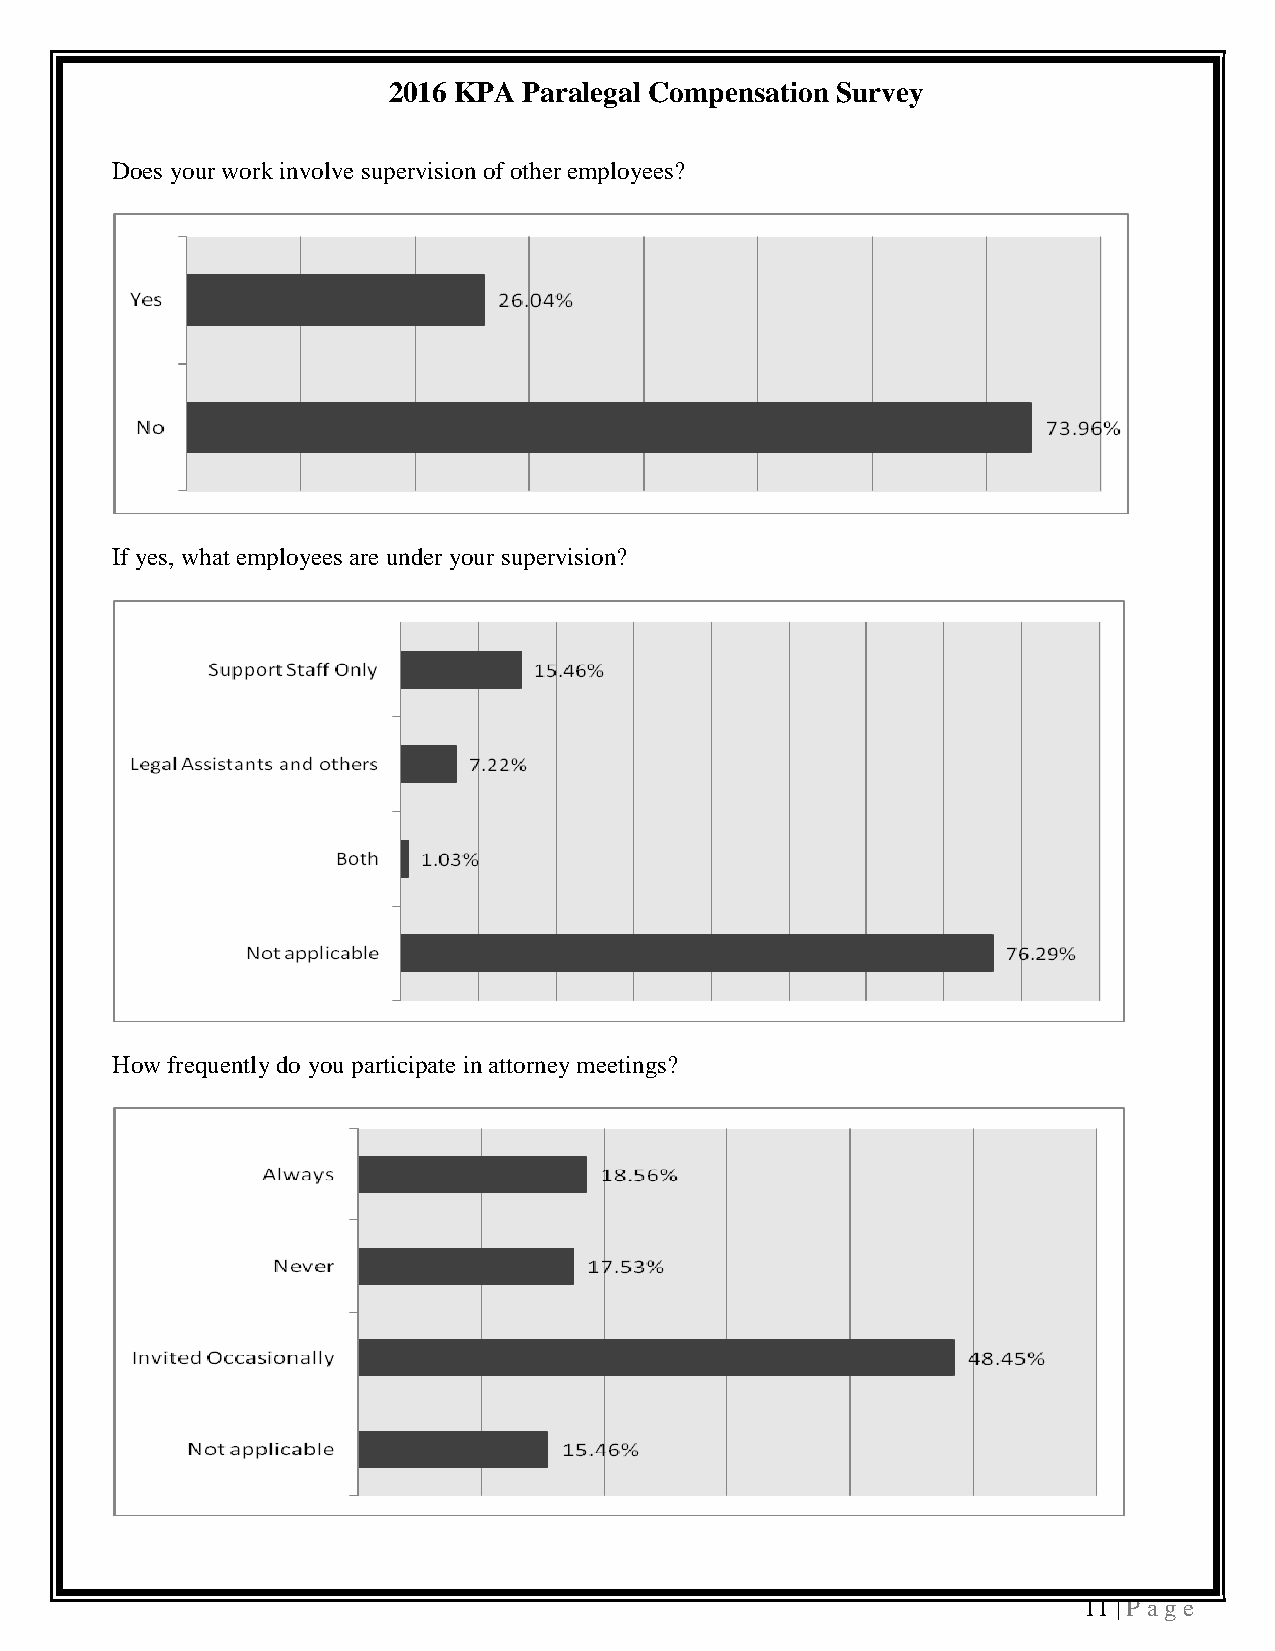
2016 KPA Paralegal Compensation Survey
 Does your work involve supervision of other employees?
 If yes, what employees are under your supervision?
 How frequently do you participate in attorney meetings?
 11 | P a ge